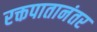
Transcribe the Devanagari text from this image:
रक्तपातानंतर